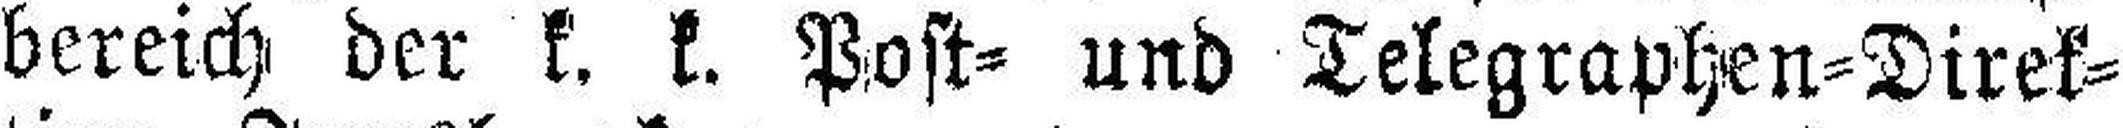
bereich der k. k. Post= und Telegraphen=Direk¬